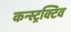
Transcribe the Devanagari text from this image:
कन्स्ट्रक्टिव